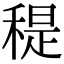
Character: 䅠